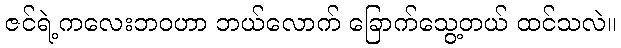
ဇင်ရဲ့ကလေးဘဝဟာ ဘယ်လောက် ခြောက်သွေ့တယ် ထင်သလဲ။